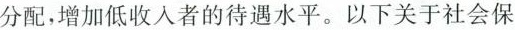
分配，增加低收入者的待遇水平。以下关于社会保